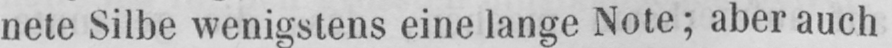
nete Silbe wenigstens eine lange Note; aber auch